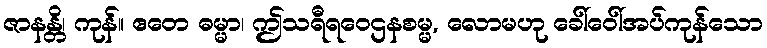
ဇာနန္တိ၊ ကုန်။ ဧတေ ဓမ္မာ၊ ဤသရီရဝေဌနစမ္မ, လောမဟု ခေါ်ဝေါ်အပ်ကုန်သော